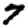
Digit: 7